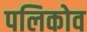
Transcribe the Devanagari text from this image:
पलिकोव